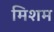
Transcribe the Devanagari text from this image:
मिशम